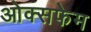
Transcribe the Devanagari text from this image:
ओक्सफेम